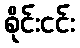
စိုင်းငင်း